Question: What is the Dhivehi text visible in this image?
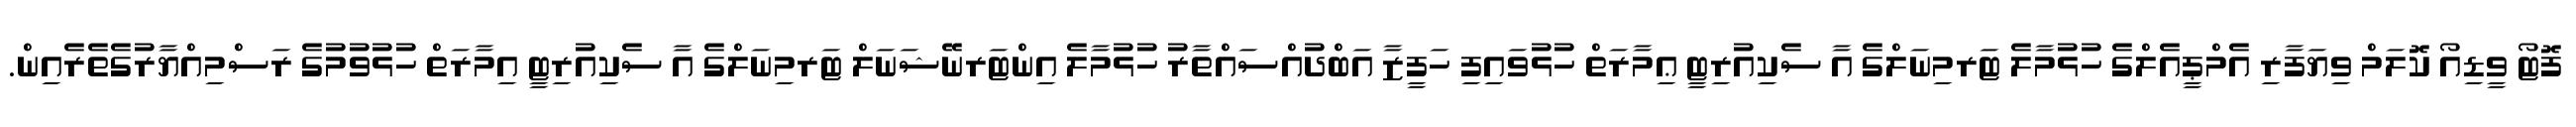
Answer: ފޮޓޯ ވީޑިއޯ ކޮލަމް ވިޔަފާރި އެމްޕީއެލްގެ ހުޅުމާލެ ޓަރމިނަލްގެ އާ ސެކިއުރިޓީ ޢިމާރަތް ހުޅުވައިފި ހަފީޒާ އަބްދުއްސައްތާރު ހުޅުމާލެ އިންޓަރނޭޝަނަލް ޓަރމިނަލްގެ އާ ސެކިއުރިޓީ އިމާރަތް ހުޅުވުމުގެ ރަސްމިއްޔާރުގެތެރެއިން.